Papers set at the Examination for Leaving Certificates, 1895
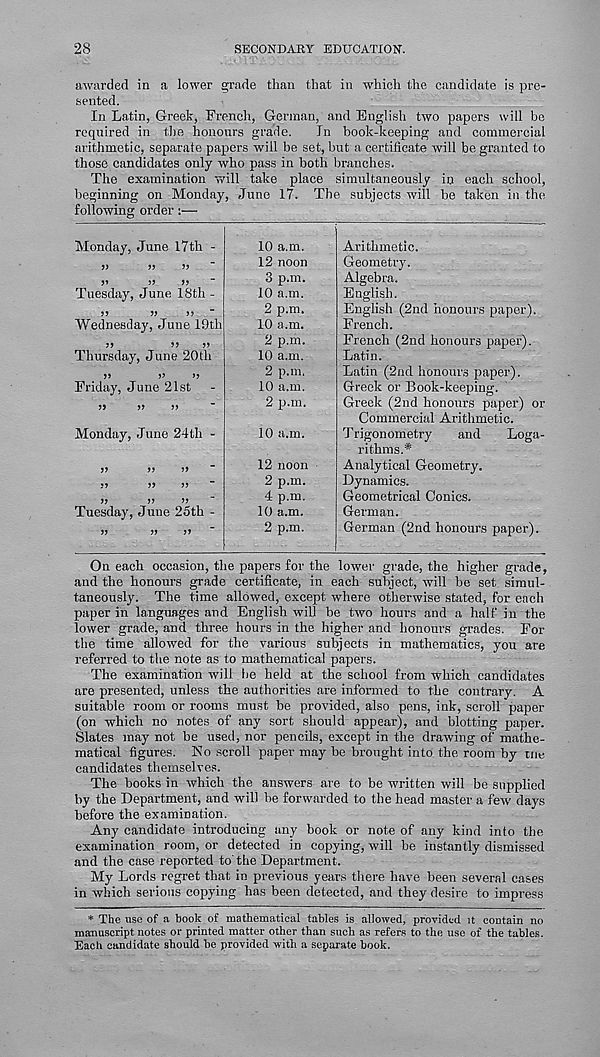
28
SECONDARY EDUCATION.
awarded in a lower grade than that in which the candidate is pre-
sented.
In Latin, Greek, French, German, and English two papers will be
required in the honours grade.
In book-keeping and commercial
arithmetic, separate papers will be set, but a certificate will be granted to
those candidates only who pass in both branches.
The examination will take place simultaneously in each school,
beginning on Monday, June 17. The subjects will be taken in the
following order:—
Monday, June I7th -
>5
55
55
Tuesday, June 18th -
55
55
55
"
Wednesday, June 19th
55
55
55
Thursday, June 20th
55
55
55
Friday, June 21st
55
55
55
Monday, June 24 th -
Tuesday, June 25th -
10 a.m.
12 noon
3 p.m.
10 a.m.
2 p.m.
10 a.m.
2 p.m.
10 a.m.
2 p.m.
10 a.m.
2 p.m,
10 a.m.
12 noon
2 p.m.
4 p.m.
10 a.m.
2 p.m.
Arithmetic.
Geometry.
Algebra.
English.
English (2nd honours paper).
French.
French (2nd honours paper).
Latin.
Latin (2nd honours paper).
Greek or Book-keeping.
Greek (2nd honours paper) or
Commercial Arithmetic.
T rigonometry
and
Loga-
rithms*
Analytical Geometry.
Dynamics.
Geometrical Conics.
German.
German (2nd honours paper).
On each occasion, the papers for the lower grade, the higher grade,
and the honours grade certificate, in each subject, will he set simul-
taneously. The time allowed, except where otherwise stated, for each
paper in languages and English will be two hours and a half in the
lower grade, and three hours in the higher and honours grades. For
the time allowed for the various subjects in mathematics, you are
referred to the note as to mathematical papers.
The examination will be held at the school from which candidates
are presented, unless the authorities are informed to the contrary. A
suitable room or rooms must be provided, also pens, ink, scroll paper
(on which no notes of any sort should appear), and blotting paper.
Slates may not be used, nor pencils, except in the drawing of mathe-
matical figures. No scroll paper may be brought into the room by uie
candidates themselves.
The books in which the answers are to be written will be supplied
by the Department, and will be forwarded to the head master a few days
before the examination.
Any candidate introducing any book or note of any kind into the
examination room, or detected in copying, will be instantly dismissed
and the case reported to' the Department.
My Lords regret that in previous years there have been several cases
in which serious copying has been detected, and they desire to impress
* The use of a book of mathematical tables is allowed, provided it contain no
manuscript notes or printed matter other than such as refers to the use of the tables.
Each candidate should be provided with a separate book.